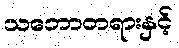
သဘောတရားနှင့်